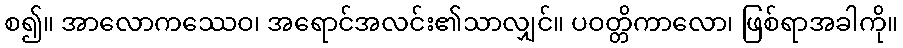
စ၍။ အာလောကဿေဝ၊ အရောင်အလင်း၏သာလျှင်။ ပဝတ္တိကာလော၊ ဖြစ်ရာအခါကို။